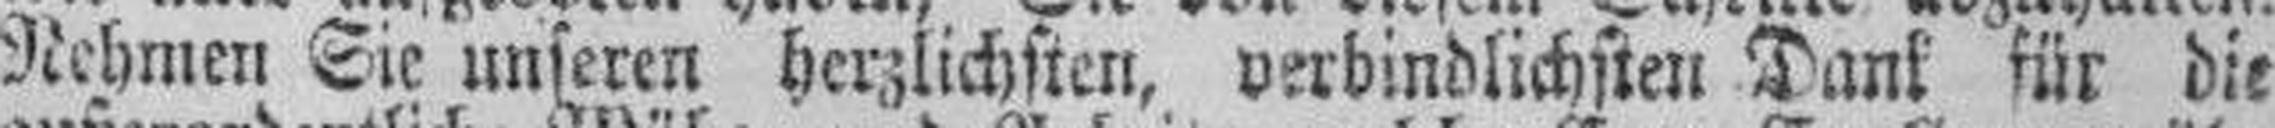
Nehmen Sie unseren herzlichsten, verbindlichsten Dank für die